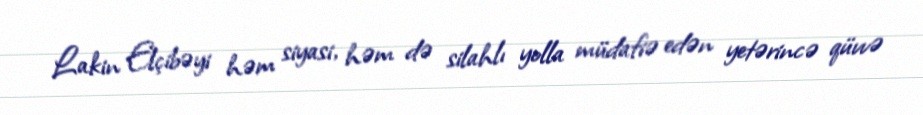
Lakin Elçibəyi həm siyasi, həm də silahlı yolla müdafiə edən yetərincə qüvvə